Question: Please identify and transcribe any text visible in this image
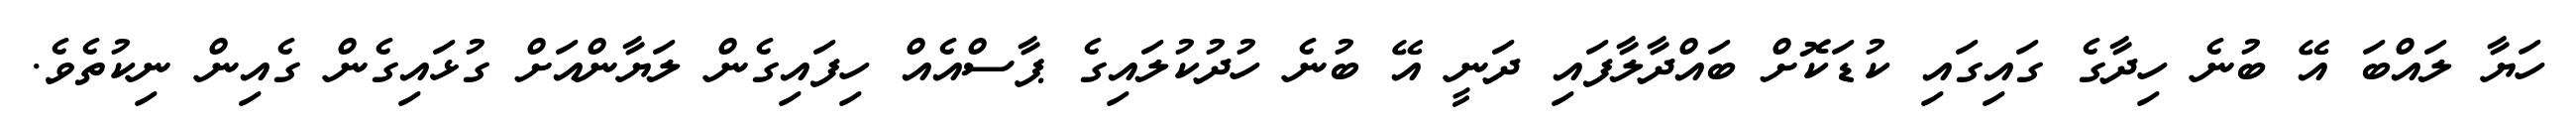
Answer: ހަޔާ ލައްބަ އޭ ބުނެ ހިދާގެ ގައިގައި ކުޑަކޮށް ބައްދާލާފައި ދަނީ އޭ ބުނެ ހުދުކުލައިގެ ޕާސްއެއް ހިފައިގެން ލަޔާންއަށް ގުޅައިގެން ގެއިން ނިކުތެވެ.